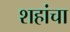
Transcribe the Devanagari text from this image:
शहांचा